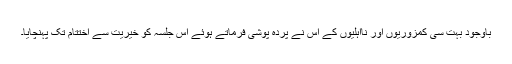
باوجود بہت سی کمزوریوں اور نااہلیوں کے اس نے پردہ پوشی فرماتے ہوئے اس جلسہ کو خیریت سے اختتام تک پہنچایا۔